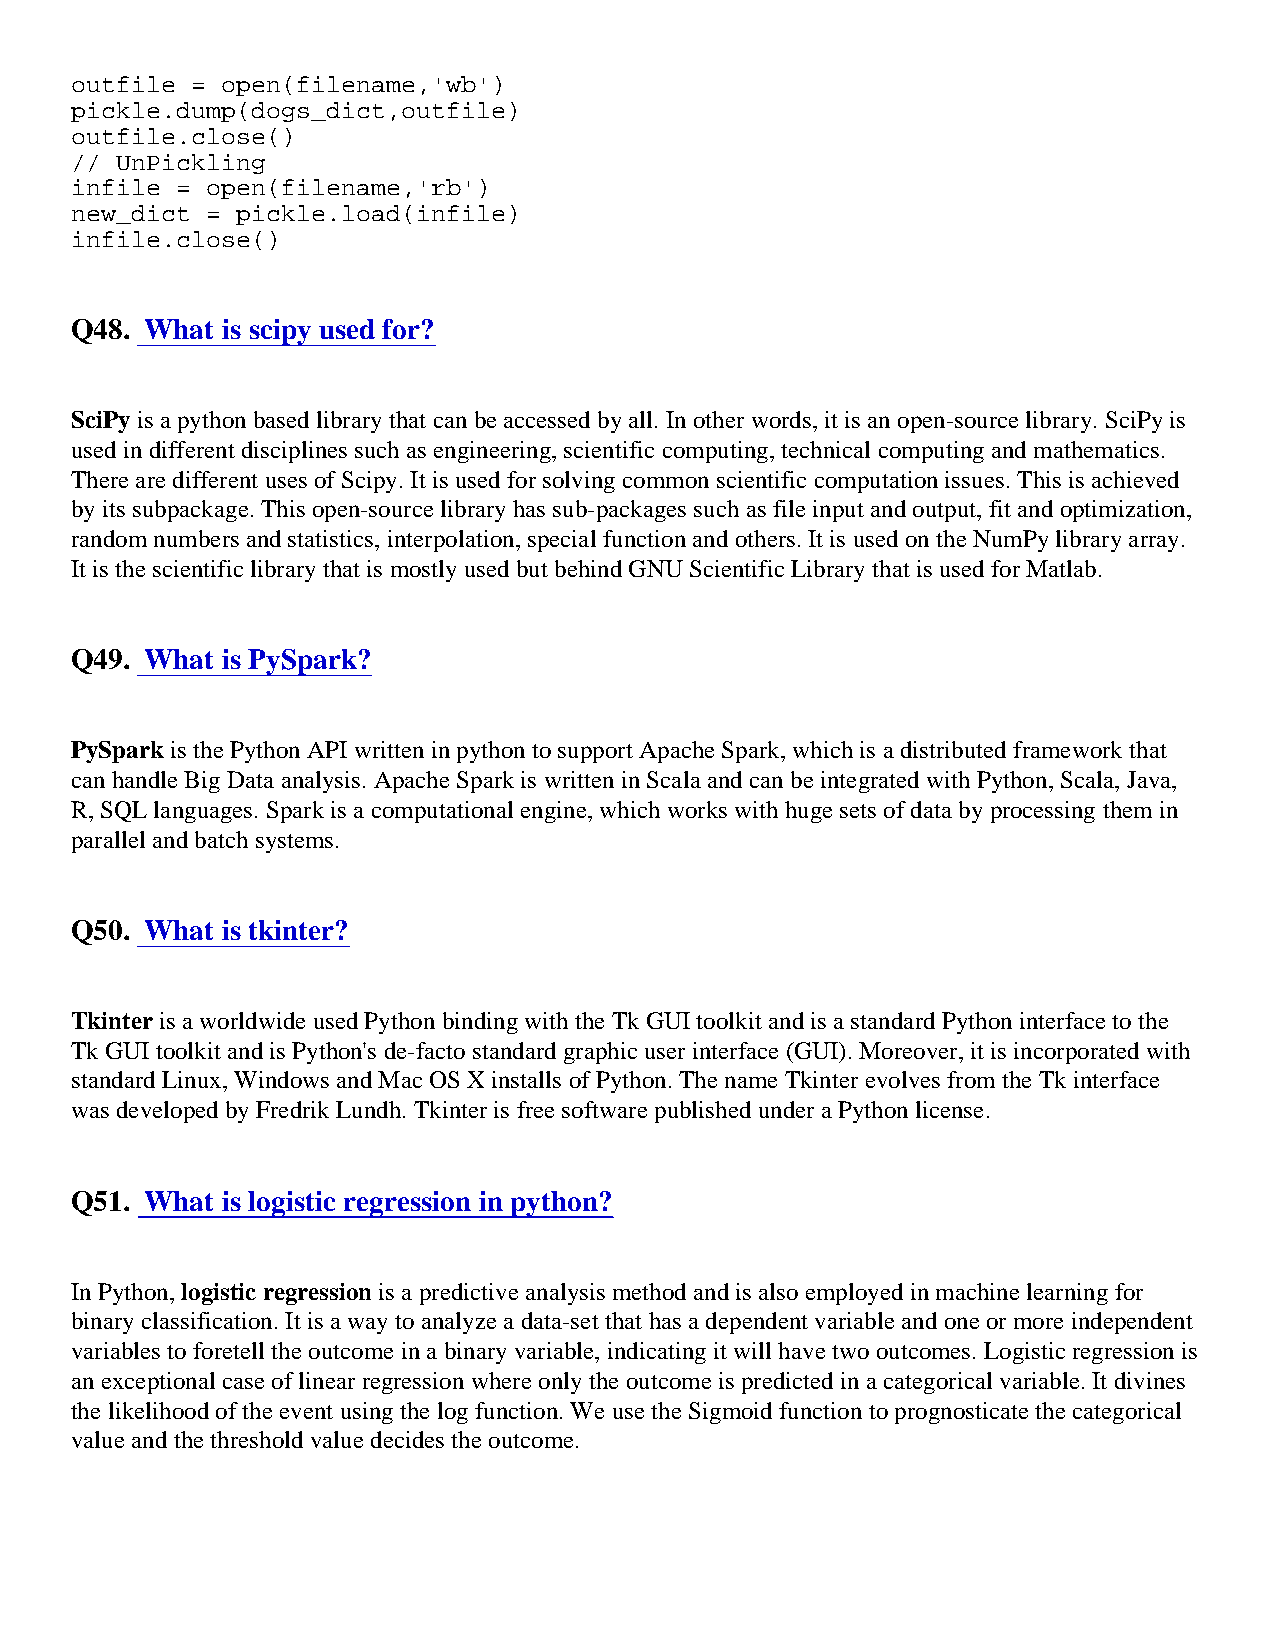
outfile = open(filename,'wb')
 pickle.dump(dogs_dict,outfile)
 outfile.close()
 // UnPickling
 infile = open(filename,'rb')
 new_dict = pickle.load(infile)
 infile.close()
 Q48. What is scipy used for?
 SciPy is a python based library that can be accessed by all. In other words, it is an open-source library. SciPy is
 used in different disciplines such as engineering, scientific computing, technical computing and mathematics.
 There are different uses of Scipy. It is used for solving common scientific computation issues. This is achieved
 by its subpackage. This open-source library has sub-packages such as file input and output, fit and optimization,
 random numbers and statistics, interpolation, special function and others. It is used on the NumPy library array.
 It is the scientific library that is mostly used but behind GNU Scientific Library that is used for Matlab.
 Q49. What is PySpark?
 PySpark is the Python API written in python to support Apache Spark, which is a distributed framework that
 can handle Big Data analysis. Apache Spark is written in Scala and can be integrated with Python, Scala, Java,
 R, SQL languages. Spark is a computational engine, which works with huge sets of data by processing them in
 parallel and batch systems.
 Q50. What is tkinter?
 Tkinter is a worldwide used Python binding with the Tk GUI toolkit and is a standard Python interface to the
 Tk GUI toolkit and is Python's de-facto standard graphic user interface (GUI). Moreover, it is incorporated with
 standard Linux, Windows and Mac OS X installs of Python. The name Tkinter evolves from the Tk interface
 was developed by Fredrik Lundh. Tkinter is free software published under a Python license.
 Q51. What is logistic regression in python?
 In Python, logistic regression is a predictive analysis method and is also employed in machine learning for
 binary classification. It is a way to analyze a data-set that has a dependent variable and one or more independent
 variables to foretell the outcome in a binary variable, indicating it will have two outcomes. Logistic regression is
 an exceptional case of linear regression where only the outcome is predicted in a categorical variable. It divines
 the likelihood of the event using the log function. We use the Sigmoid function to prognosticate the categorical
 value and the threshold value decides the outcome.